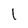
Character: 1